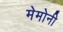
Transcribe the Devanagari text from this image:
मेमोनी